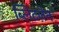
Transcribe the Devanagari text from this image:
ब्लिटज़ेन